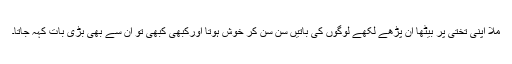
ملّا اپنی تختی پر بیٹھا ان پڑھے لکھے لوگوں کی باتیں سن سن کر خوش ہوتا اورکبھی کبھی تو ان سے بھی بڑی بات کہہ جاتا۔